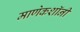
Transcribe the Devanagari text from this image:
माणेकशॉनी